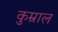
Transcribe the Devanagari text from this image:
कुम्राल